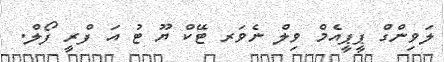
ލަވިންގް ޕީޕީއެމް ވިލް ނެވަރ ޓޭކް ޔޫ ޓު އަ ފްރީ ފޯލް.